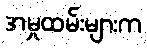
အမှုထမ်းများက